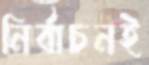
নির্বাচনই